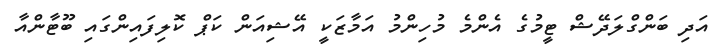
އަދި ބަންގްލަދޭޝް ޓީމުގެ އެންމެ މުހިންމު އަމާޒަކީ އޭޝިއަން ކަޕް ކޮލިފައިންގައި ބޫޓާންއާ